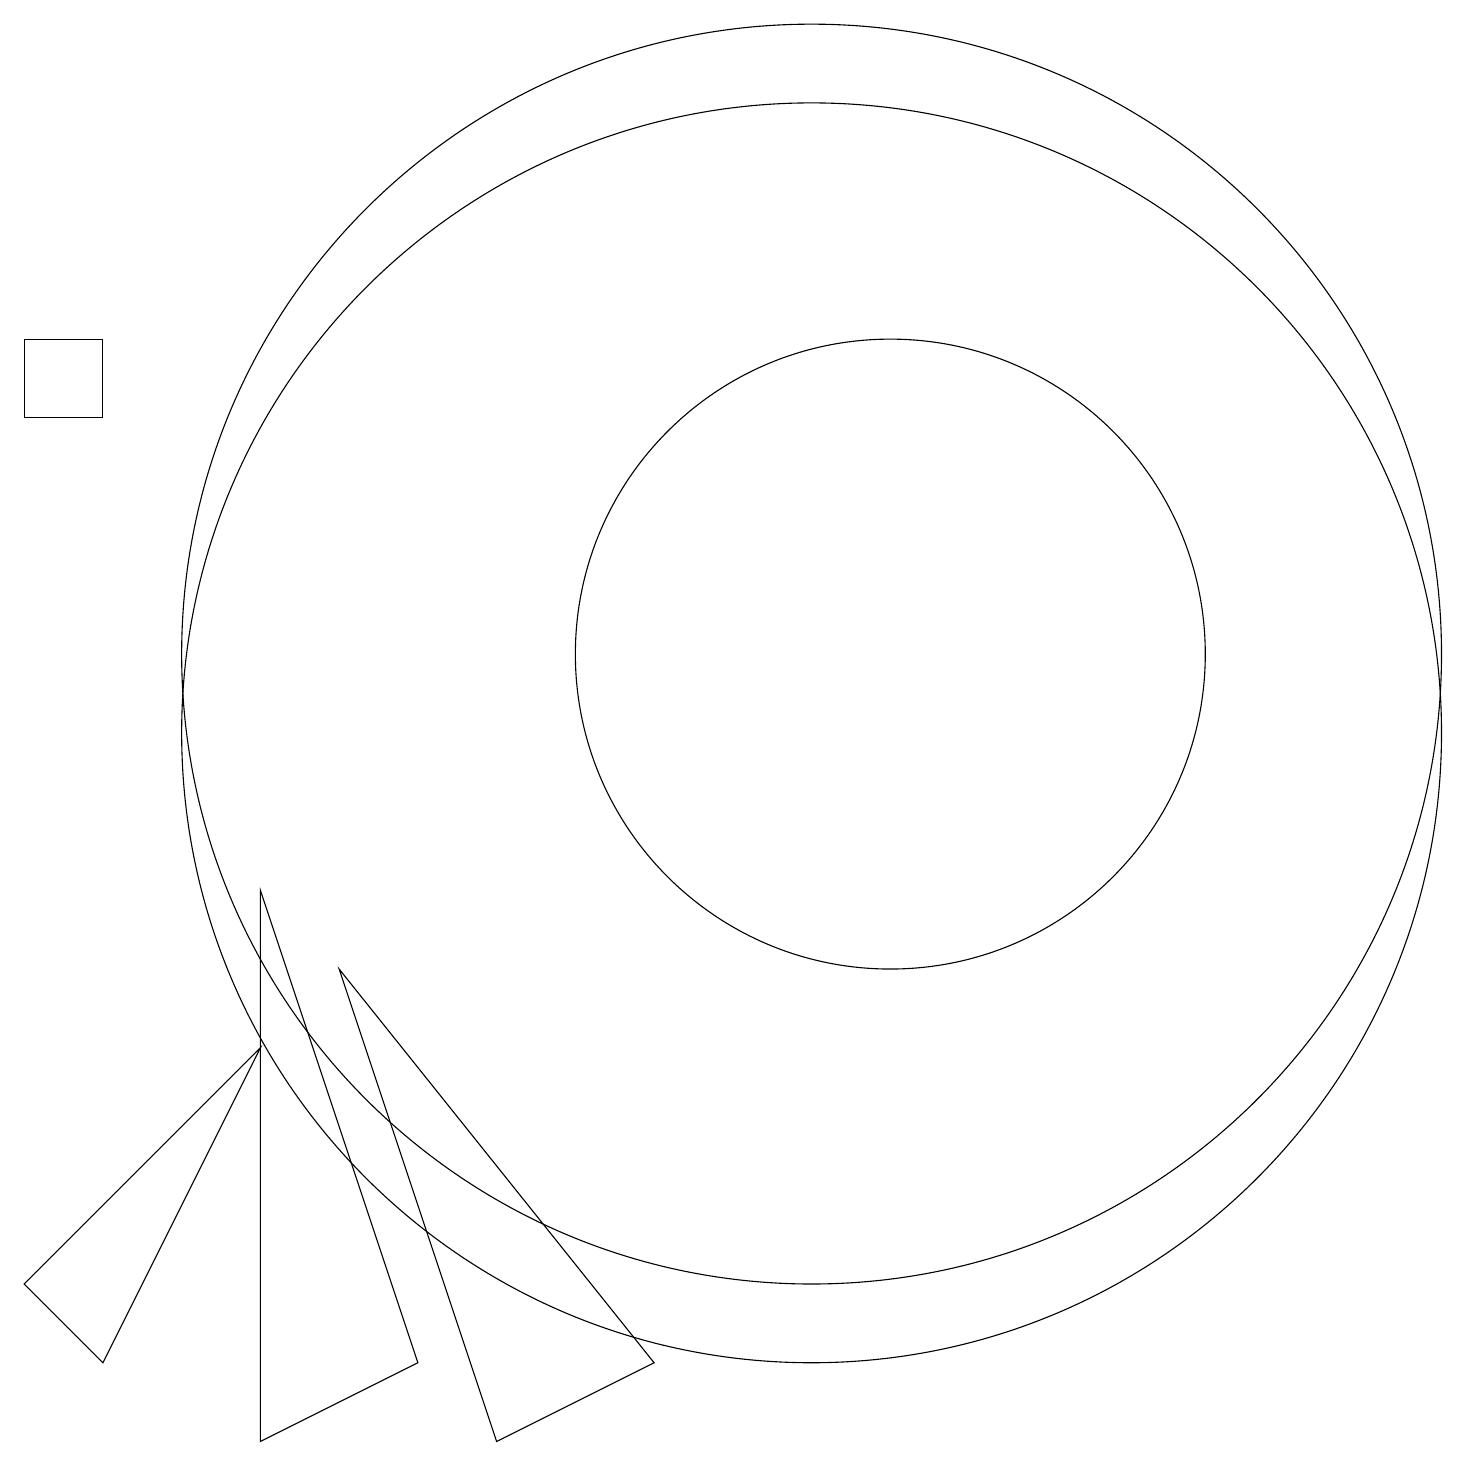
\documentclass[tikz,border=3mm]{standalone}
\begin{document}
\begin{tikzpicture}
\draw (1,3) -- (4,6) -- (2,2) -- cycle;
\draw (4,1) -- (6,2) -- (4,8) -- cycle;
\draw (9,2) -- (5,7) -- (7,1) -- cycle;
\draw (11,11) circle (8);
\draw (11,10) circle (8);
\draw (11,12) circle (0);
\draw (12,11) circle (4);
\draw (1,15) rectangle (2,14);
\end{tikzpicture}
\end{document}